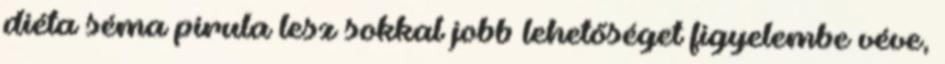
diéta séma pirula lesz sokkal jobb lehetőséget figyelembe véve,